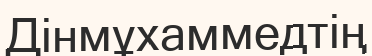
Дінмұхаммедтің